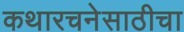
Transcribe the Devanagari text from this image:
कथारचनेसाठीचा